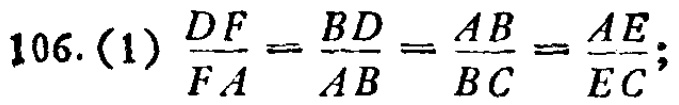
106. (1) $\frac{DF}{FA}=\frac{BD}{AB}=\frac{AB}{BC}=\frac{AE}{EC}$;